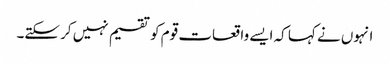
انہوں نے کہا کہ ایسے واقعات قوم کو تقسیم نہیں کر سکتے۔